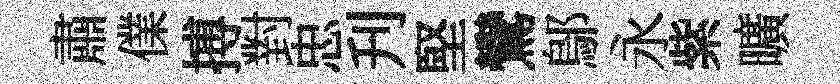
肅㒒搏對忠刋堅鸞鄔永紫曠